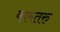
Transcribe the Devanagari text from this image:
कामतरु